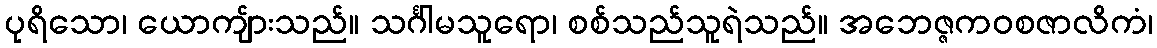
ပုရိသော၊ ယောကျ်ားသည်။ သင်္ဂါမသူရော၊ စစ်သည်သူရဲသည်။ အဘေဇ္ဇကဝစဇာလိကံ၊